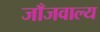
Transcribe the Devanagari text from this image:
जाँजवाल्य